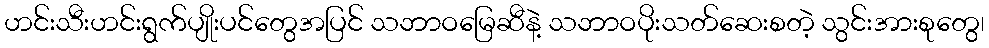
ဟင်းသီးဟင်းရွက်ပျိုးပင်တွေအပြင် သဘာဝမြေဆီနဲ့ သဘာဝပိုးသတ်ဆေးစတဲ့ သွင်းအားစုတွေ၊